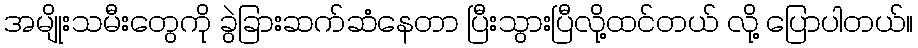
အမျိုးသမီးတွေကို ခွဲခြားဆက်ဆံနေတာ ပြီးသွားပြီလို့ထင်တယ် လို့ ပြောပါတယ်။